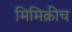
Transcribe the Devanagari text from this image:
मिमिक्रीच